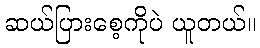
ဆယ်ပြားစေ့ကိုပဲ ယူတယ်။